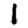
Digit: 1